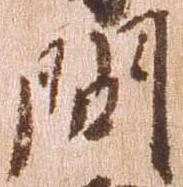
問